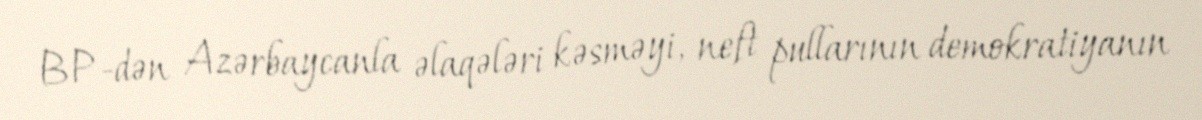
BP-dən Azərbaycanla əlaqələri kəsməyi, neft pullarının demokratiyanın